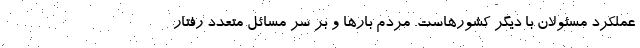
عملکرد مسئولان با دیگر کشورهاست. مردم بارها و بر سر مسائل متعدد رفتار